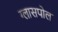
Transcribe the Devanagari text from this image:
ग्लासपोल